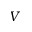
V